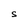
Character: S